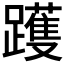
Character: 𰸳